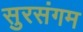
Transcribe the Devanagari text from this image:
सुरसंगम